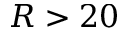
R > 2 0